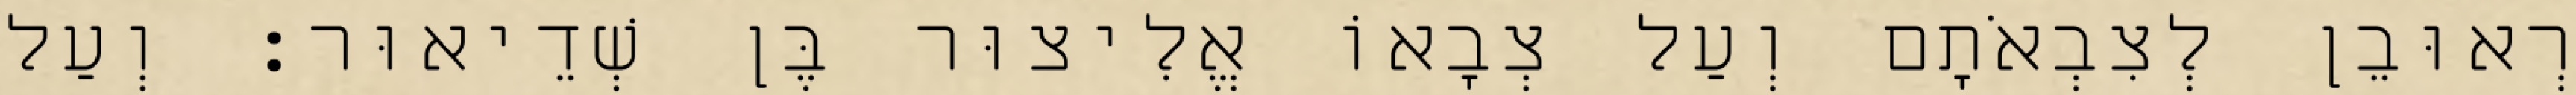
רְאוּבֵן לְצִבְאֹתָם וְעַל צְבָאוֹ אֱלִיצוּר בֶּן שְׁדֵיאוּר׃ וְעַל